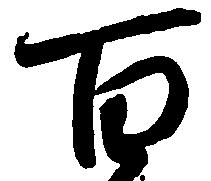
百